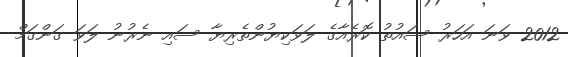
2012 ވަނަ އަހަރު ސައުތު ކޮރެއާގެ ލަވަކިޔުންތެރިޔާ ސައި ނެރުނު ލަވަ ގަންގަމް